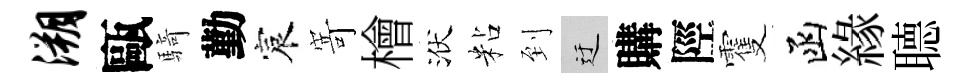
溯甌騎勤宸𭔃檜洑粘到迂購陘䨥函緣𦗟